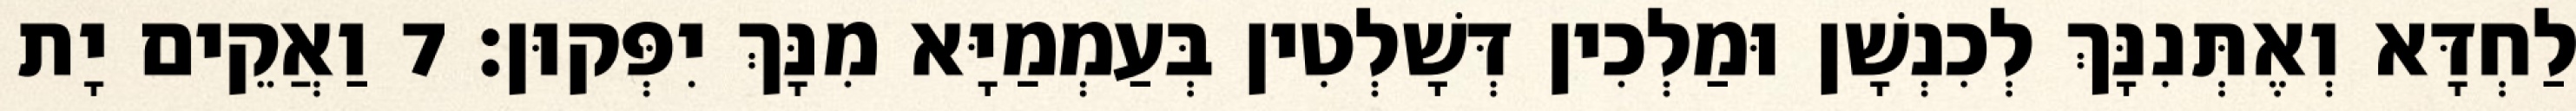
לַחְדָּא וְאֶתְּנִנָּךְ לְכִנְשָׁן וּמַלְכִין דְּשָׁלְטִין בְּעַמְמַיָּא מִנָּךְ יִפְּקוּן׃ 7 וַאֲקֵים יָת